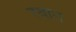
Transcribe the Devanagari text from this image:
रबान